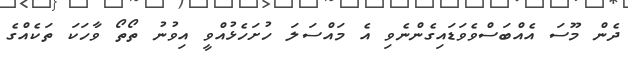
ދެން މޫސަ އެއްބަސްވެވަޑައިގެންނެވި އެ މައްސަލަ ހުށަހެޅުއްވީ އިވުނު ތޯތޯ ވާހަކަ ތަކެއްގެ